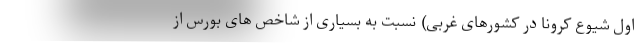
اول شیوع کرونا در کشورهای غربی) نسبت به بسیاری از شاخص های بورس از